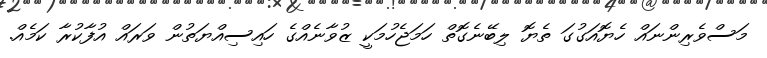
މަސްވެރިންނައް ހެޔޮއަގުގަ ތެޔޮ ލިބޭނެގޮތް ހަމަޖެހުމަކީ ޒުވާނެއްގެ ހައިސިއްޔަތުން ވަރައް އުފާކުރާ ކަމެއް.